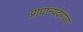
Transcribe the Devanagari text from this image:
प्राधान्यदेणारा